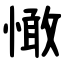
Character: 㦑